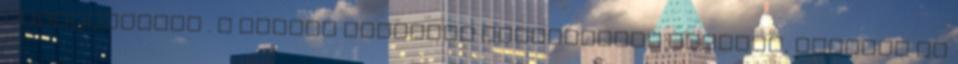
antibiotikum . A Zoloft egyidejű alkalmazása étellel, itallal és